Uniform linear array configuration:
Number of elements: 32
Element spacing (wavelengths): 0.75
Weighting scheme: uniform
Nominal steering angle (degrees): -45
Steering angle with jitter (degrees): -44.07
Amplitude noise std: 0.05
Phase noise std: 0.05

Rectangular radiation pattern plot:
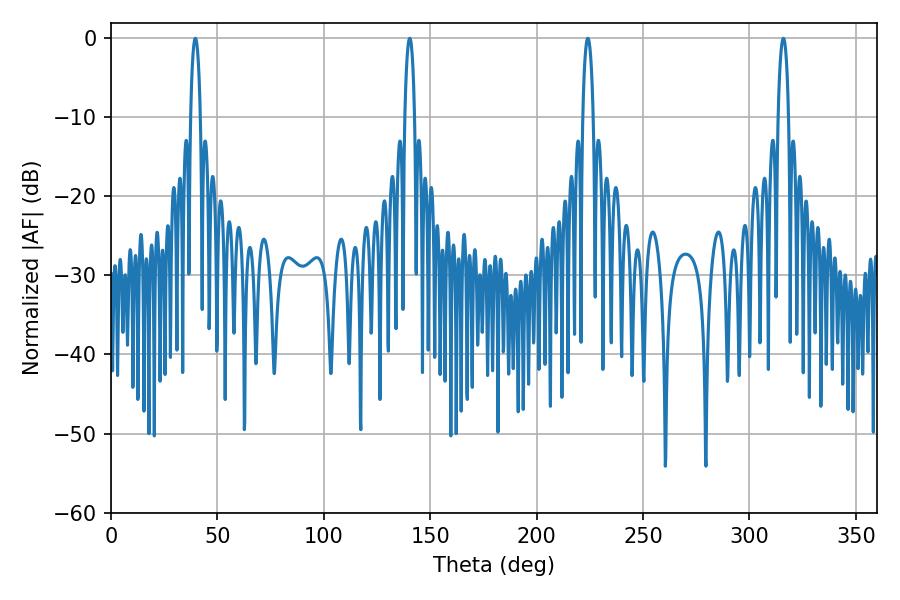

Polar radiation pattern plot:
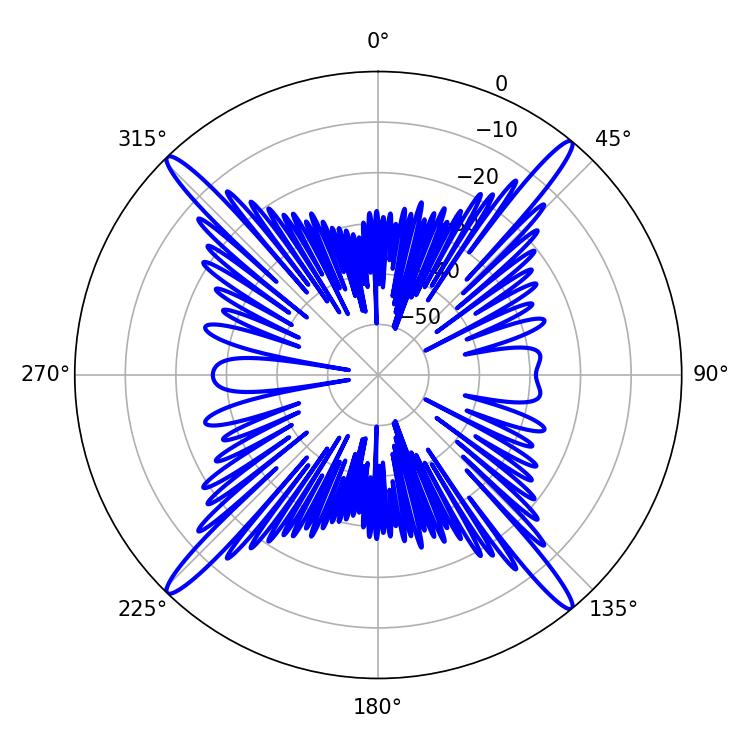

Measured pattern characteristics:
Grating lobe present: TRUE
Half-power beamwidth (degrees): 2.52
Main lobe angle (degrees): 39.6